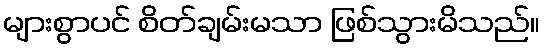
များစွာပင် စိတ်ချမ်းမသာ ဖြစ်သွားမိသည်။